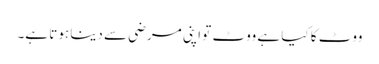
ووٹ کا کیا ہے ووٹ تو اپنی مرضی سے دینا ہوتا ہے۔